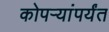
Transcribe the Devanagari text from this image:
कोपर्‍यांपर्यंत